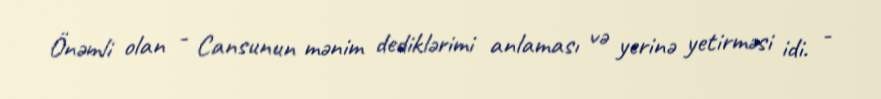
Önəmli olan - Cansunun mənim dediklərimi anlaması və yerinə yetirməsi idi. -